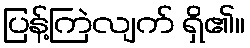
ပြန့်ကြဲလျက် ရှိ၏။